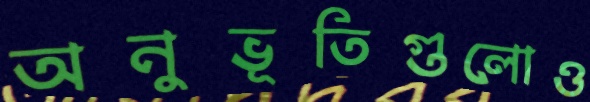
অনুভূতিগুলোও